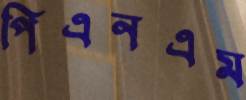
পিএনএম